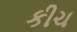
કીચ